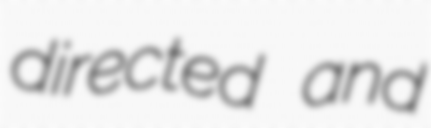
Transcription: directed and